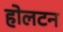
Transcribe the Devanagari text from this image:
होलटन